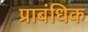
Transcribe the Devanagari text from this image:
प्राबंधिक